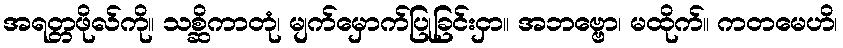
အရတ္တဖိုလ်ကို။ သစ္ဆိကာတုံ၊ မျက်မှောက်ပြုခြင်းငှာ။ အဘဗ္ဗော၊ မထိုက်။ ကတမေဟိ၊